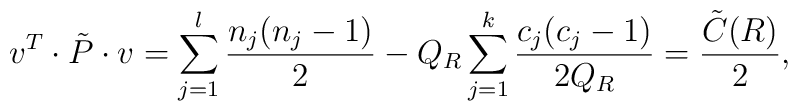
v^{T} \cdot \tilde{P} \cdot v =\sum_{j =1}^{l}  \frac{n_j (n_j -1)}{2} -Q_{R} \sum_{j =1}^{k}  \frac{c_j (c_j -1)}{2 Q_{R}}= \frac{\tilde{C} (R) }{2},